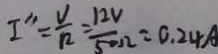
I ^ { \prime \prime } = \frac { V } { R } = \frac { 1 2 V } { 5 0 \Omega } = 0 . 2 4 A